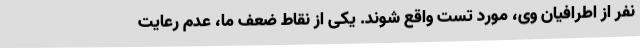
نفر از اطرافیان وی، مورد تست واقع شوند. یکی از نقاط ضعف ما، عدم رعایت